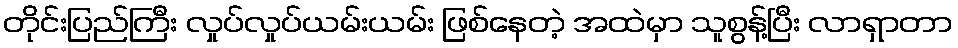
တိုင်းပြည်ကြီး လှုပ်လှုပ်ယမ်းယမ်း ဖြစ်နေတဲ့ အထဲမှာ သူစွန့်ပြီး လာရှာတာ